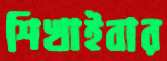
শিখাইবার